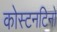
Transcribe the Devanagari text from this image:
कोस्टनटिनो